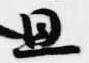
且